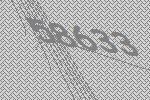
58633